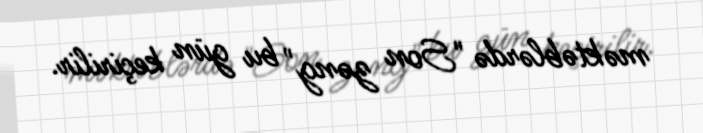
məktəblərdə "Son zəng" bu gün keçirilir.